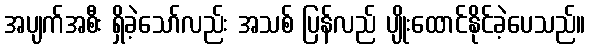
အပျက်အစီး ရှိခဲ့သော်လည်း အသစ် ပြန်လည် ပျိုးထောင်နိုင်ခဲ့ပေသည်။